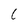
Character: C